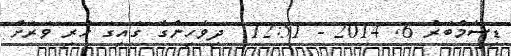
ޑިސެމްބަރު 6